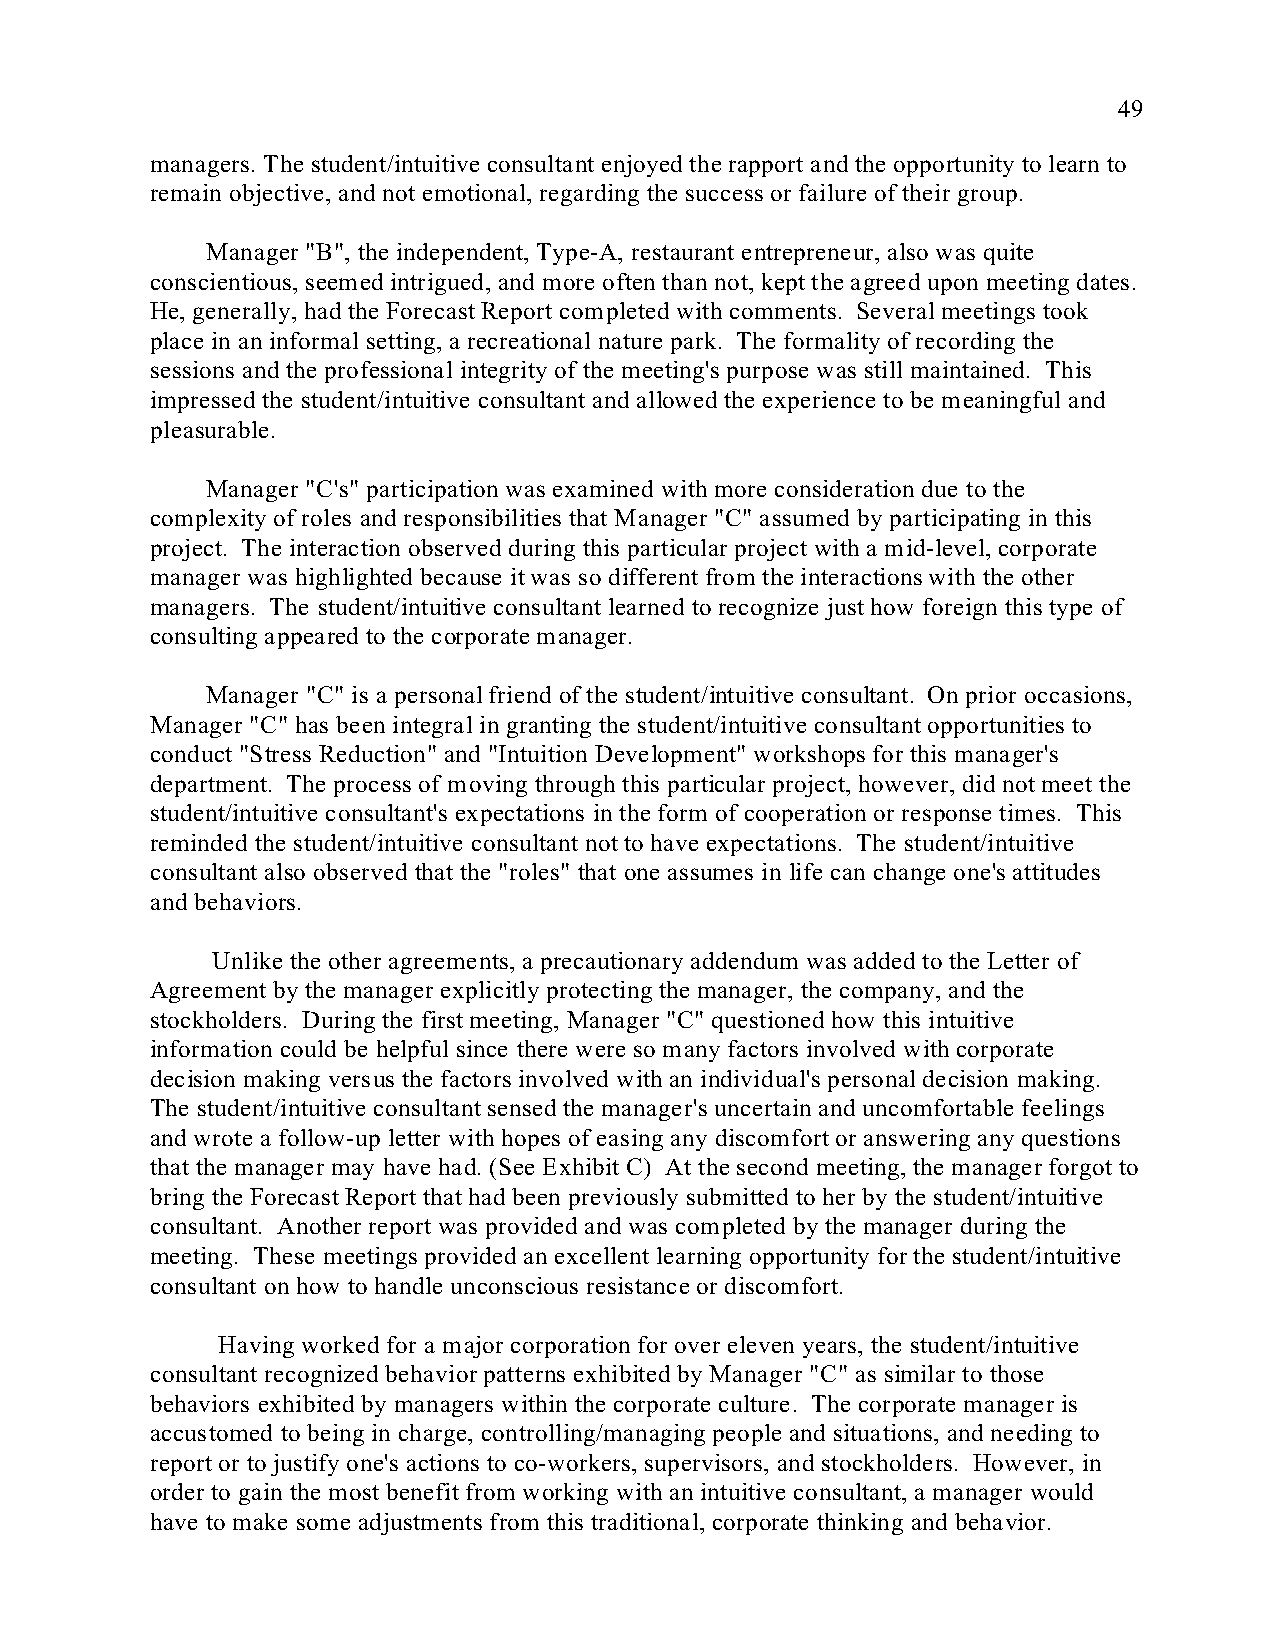
49
 managers. The student/intuitive consultant enjoyed the rapport and the opportunity to learn to
 remain objective, and not emotional, regarding the success or failure of their group.
 Manager "B", the independent, Type-A, restaurant entrepreneur, also was quite
 conscientious, seemed intrigued, and more often than not, kept the agreed upon meeting dates.
 He, generally, had the Forecast Report completed with comments. Several meetings took
 place in an informal setting, a recreational nature park. The formality of recording the
 sessions and the professional integrity of the meeting's purpose was still maintained. This
 impressed the student/intuitive consultant and allowed the experience to be meaningful and
 pleasurable.
 Manager "C's" participation was examined with more consideration due to the
 complexity of roles and responsibilities that Manager "C" assumed by participating in this
 project. The interaction observed during this particular project with a mid-level, corporate
 manager was highlighted because it was so different from the interactions with the other
 managers. The student/intuitive consultant learned to recognize just how foreign this type of
 consulting appeared to the corporate manager.
 Manager "C" is a personal friend of the student/intuitive consultant. On prior occasions,
 Manager "C" has been integral in granting the student/intuitive consultant opportunities to
 conduct "Stress Reduction" and "Intuition Development" workshops for this manager's
 department. The process of moving through this particular project, however, did not meet the
 student/intuitive consultant's expectations in the form of cooperation or response times. This
 reminded the student/intuitive consultant not to have expectations. The student/intuitive
 consultant also observed that the "roles" that one assumes in life can change one's attitudes
 and behaviors.
 Unlike the other agreements, a precautionary addendum was added to the Letter of
 Agreement by the manager explicitly protecting the manager, the company, and the
 stockholders. During the first meeting, Manager "C" questioned how this intuitive
 information could be helpful since there were so many factors involved with corporate
 decision making versus the factors involved with an individual's personal decision making.
 The student/intuitive consultant sensed the manager's uncertain and uncomfortable feelings
 and wrote a follow-up letter with hopes of easing any discomfort or answering any questions
 that the manager may have had. (See Exhibit C) At the second meeting, the manager forgot to
 bring the Forecast Report that had been previously submitted to her by the student/intuitive
 consultant. Another report was provided and was completed by the manager during the
 meeting. These meetings provided an excellent learning opportunity for the student/intuitive
 consultant on how to handle unconscious resistance or discomfort.
 Having worked for a major corporation for over eleven years, the student/intuitive
 consultant recognized behavior patterns exhibited by Manager "C" as similar to those
 behaviors exhibited by managers within the corporate culture. The corporate manager is
 accustomed to being in charge, controlling/managing people and situations, and needing to
 report or to justify one's actions to co-workers, supervisors, and stockholders. However, in
 order to gain the most benefit from working with an intuitive consultant, a manager would
 have to make some adjustments from this traditional, corporate thinking and behavior.